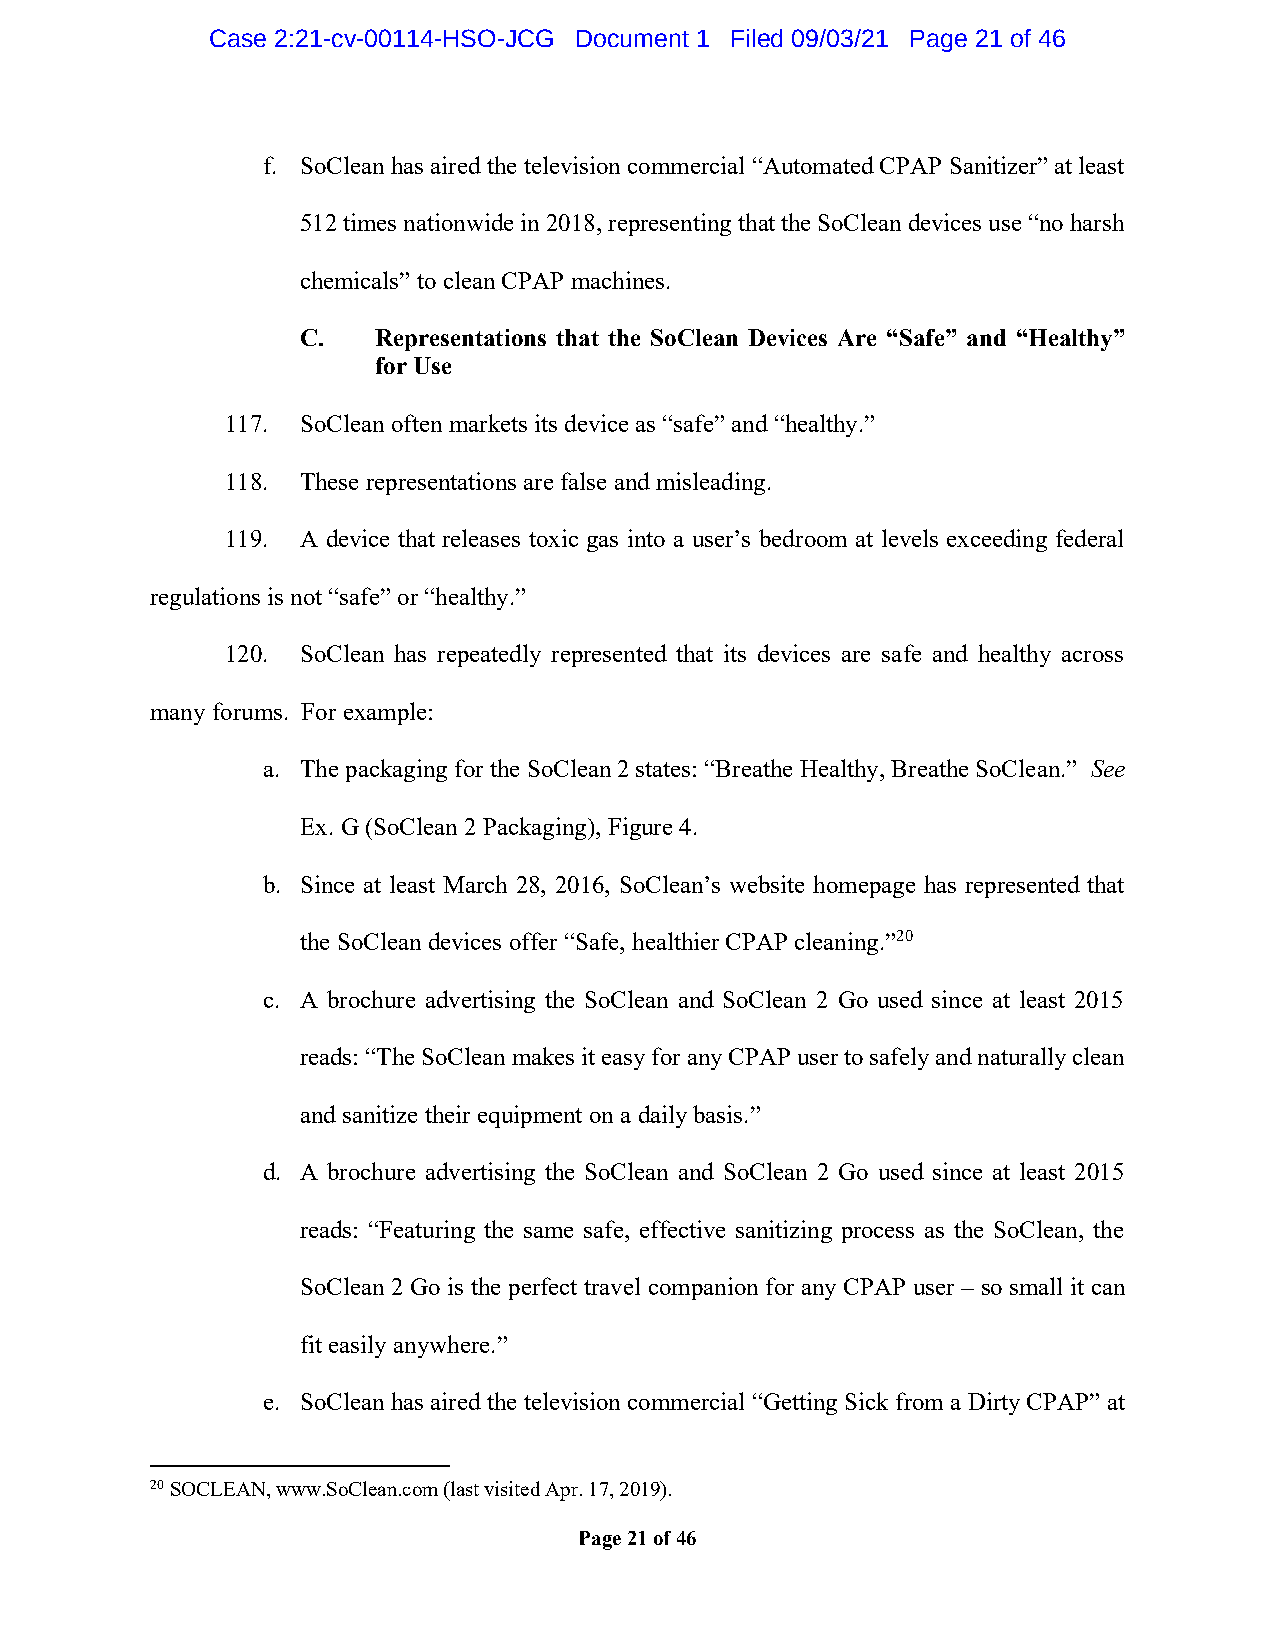
Case 2:21-cv-00114-HSO-JCG Document 1 Filed 09/03/21 Page 21 of 46
 f. SoClean has aired the television commercial “Automated CPAP Sanitizer” at least
 512 times nationwide in 2018, representing that the SoClean devices use “no harsh
 chemicals” to clean CPAP machines.
 C.   Representations that the SoClean Devices Are “Safe” and “Healthy”
 for Use
 117. SoClean often markets its device as “safe” and “healthy.”
 118. These representations are false and misleading.
 119. A device that releases toxic gas into a user’s bedroom at levels exceeding federal
 regulations is not “safe” or “healthy.”
 120. SoClean has repeatedly represented that its devices are safe and healthy across
 many forums. For example:
 a. The packaging for the SoClean 2 states: “Breathe Healthy, Breathe SoClean.” See
 Ex. G (SoClean 2 Packaging), Figure 4.
 b. Since at least March 28, 2016, SoClean’s website homepage has represented that
 the SoClean devices offer “Safe, healthier CPAP cleaning.”20
 c. A brochure advertising the SoClean and SoClean 2 Go used since at least 2015
 reads: “The SoClean makes it easy for any CPAP user to safely and naturally clean
 and sanitize their equipment on a daily basis.”
 d. A brochure advertising the SoClean and SoClean 2 Go used since at least 2015
 reads: “Featuring the same safe, effective sanitizing process as the SoClean, the
 SoClean 2 Go is the perfect travel companion for any CPAP user – so small it can
 fit easily anywhere.”
 e. SoClean has aired the television commercial “Getting Sick from a Dirty CPAP” at
 20 SOCLEAN, www.SoClean.com (last visited Apr. 17, 2019).
 Page 21 of 46